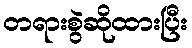
တရားစွဲဆိုထားပြီး